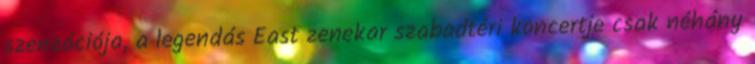
szenzációja, a legendás East zenekar szabadtéri koncertje csak néhány